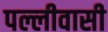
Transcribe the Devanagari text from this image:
पल्लीवासी